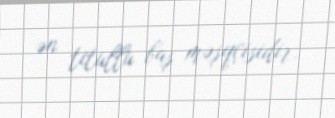
ən titullu baş məşqçisidir.